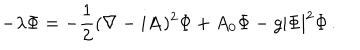
LaTeX: - \lambda \Phi = - { \frac { 1 } { 2 } } ( \nabla - i { \bf A } ) ^ { 2 } \Phi + A _ { 0 } \Phi - g | \Phi | ^ { 2 } \Phi \, .